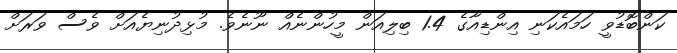
ކަންބޮޑުވީ ހަމައެކަނި އިންޑިއާގެ 1.4 ބިލިއަން މީހުންނެއް ނޫނެވެ. މުޅިދުނިޔެއަށް ވެސް ވަރަށް